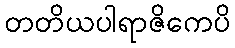
တတိယပါရာဇိကေပိ